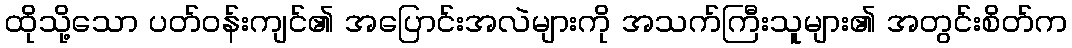
ထိုသို့သော ပတ်ဝန်းကျင်၏ အပြောင်းအလဲများကို အသက်ကြီးသူများ၏ အတွင်းစိတ်က